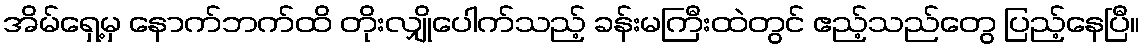
အိမ်ရှေ့မှ နောက်ဘက်ထိ တိုးလျှိုပေါက်သည့် ခန်းမကြီးထဲတွင် ဧည့်သည်တွေ ပြည့်နေပြီ။